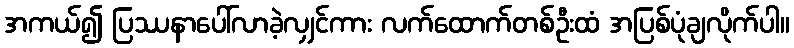
အကယ်၍ ပြဿနာပေါ်လာခဲ့လျှင်ကား လက်ထောက်တစ်ဦးထံ အပြစ်ပုံချလိုက်ပါ။